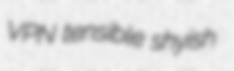
VPN tensible shyish